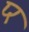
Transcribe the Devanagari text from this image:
प्‍र